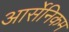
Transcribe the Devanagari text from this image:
आर्सेनिकम